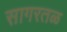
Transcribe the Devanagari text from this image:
सागरतळ